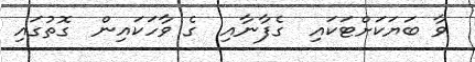
ވާ ބަޔަކަށްޓަކައި  ގެފާނާއި  ގެ ވާހަކައިން  ގޮތުގައި